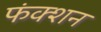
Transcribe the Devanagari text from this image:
फंक्‍शन